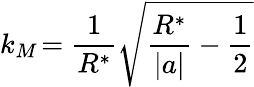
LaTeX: k_{M}\! =\frac{1}{R^{*}}\sqrt{\frac{R^{*}}{|a|}-\frac{1}{2}}